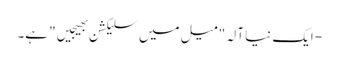
- ایک نیا آلہ "میل میں سلیکشن بھیجیں" ہے۔